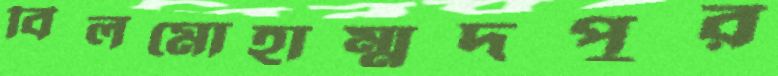
বিলমোহাম্মদপুর